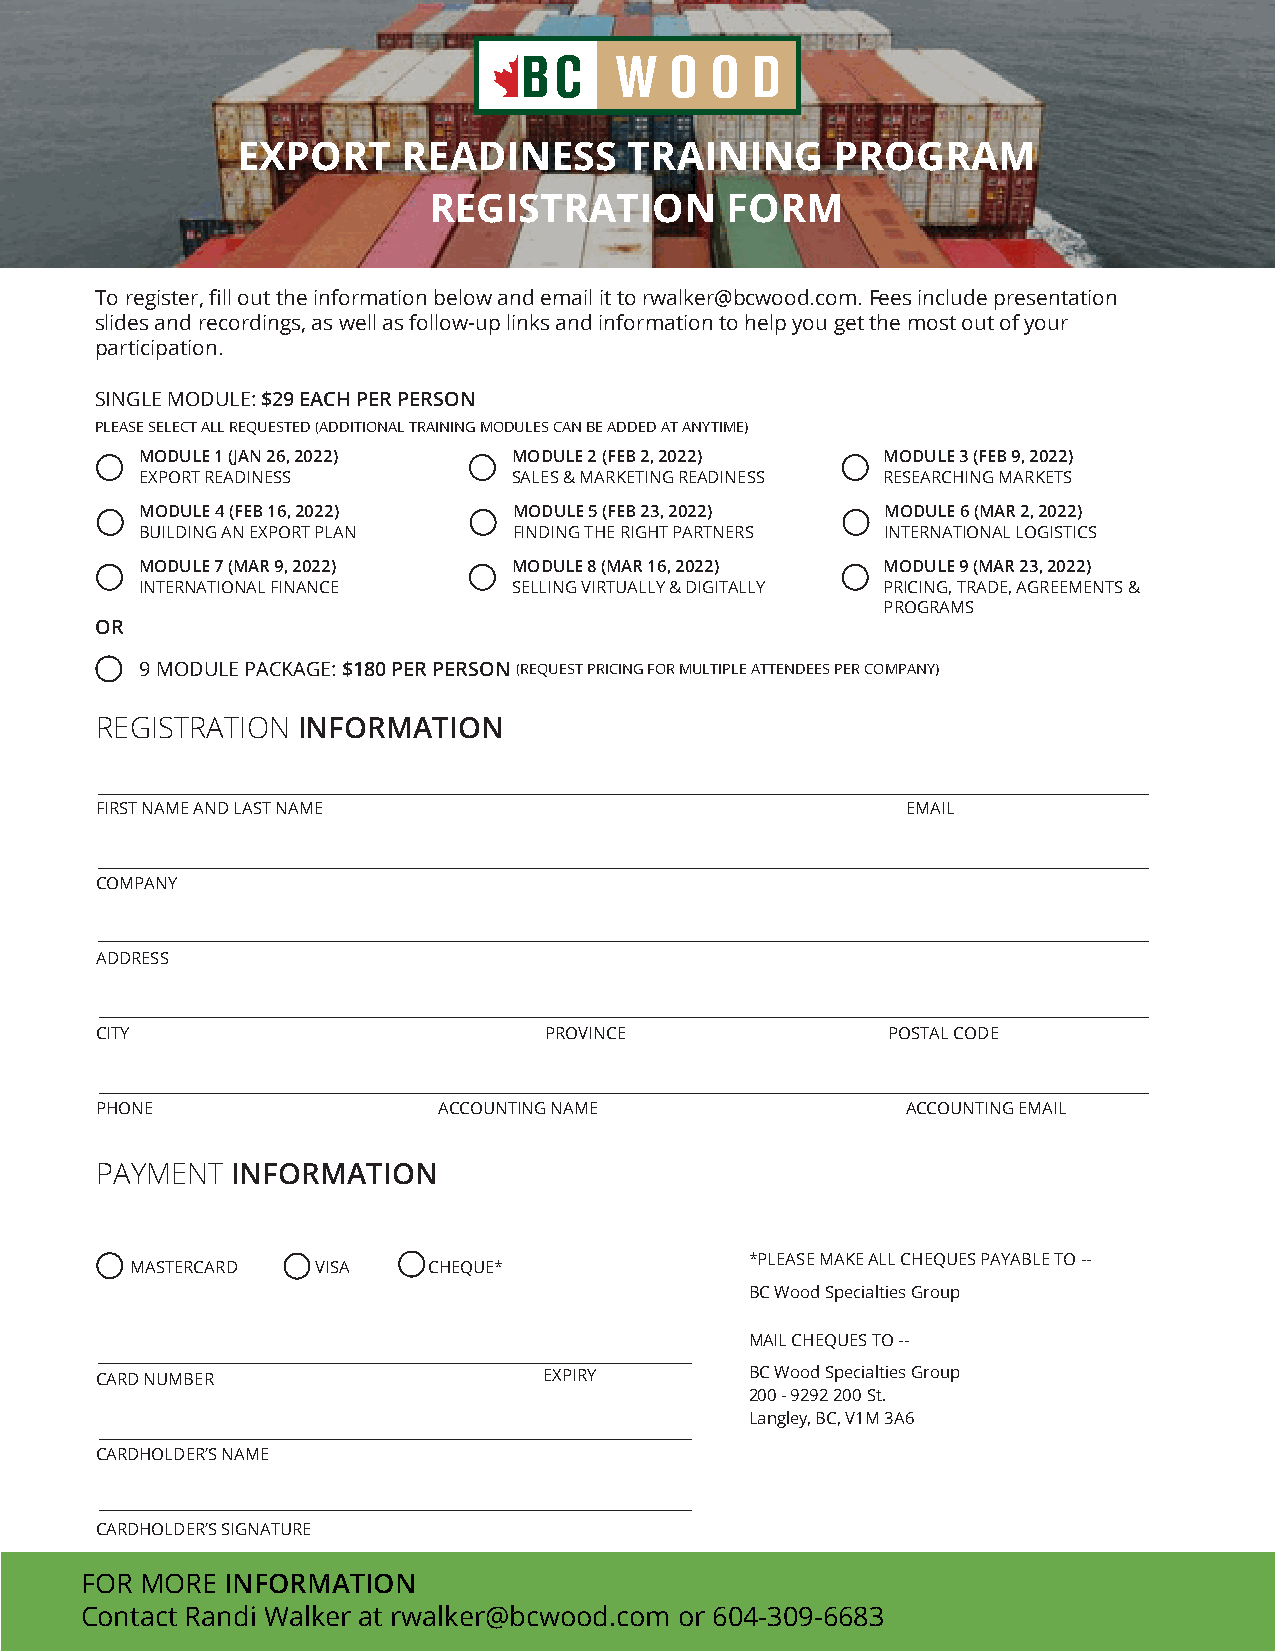
EXPORT     READINESS      TRAINING     PROGRAM
 REGISTRATION        FORM
 To register, fill out the information below and email it to rwalker@bcwood.com. Fees include presentation
 slides and recordings, as well as follow-up links and information to help you get the most out of your
 participation.
 SINGLE MODULE: $29 EACH PER PERSON
 PLEASE SELECT ALL REQUESTED (ADDITIONAL TRAINING MODULES CAN BE ADDED AT ANYTIME)
 MODULE 1 (JAN 26, 2022)  MODULE 2 (FEB 2, 2022)  MODULE 3 (FEB 9, 2022)
 EXPORT READINESS         SALES & MARKETING READINESS RESEARCHING MARKETS
 MODULE 4 (FEB 16, 2022)  MODULE 5 (FEB 23, 2022)  MODULE 6 (MAR 2, 2022)
 BUILDING AN EXPORT PLAN  FINDING THE RIGHT PARTNERS INTERNATIONAL LOGISTICS
 MODULE 7 (MAR 9, 2022)   MODULE 8 (MAR 16, 2022) MODULE 9 (MAR 23, 2022)
 INTERNATIONAL FINANCE    SELLING VIRTUALLY & DIGITALLY PRICING, TRADE, AGREEMENTS &
 PROGRAMS
 OR
 9 MODULE PACKAGE: $180 PER PERSON (REQUEST PRICING FOR MULTIPLE ATTENDEES PER COMPANY)
 REGISTRATION  INFORMATION
 FIRST NAME AND LAST NAME                              EMAIL
 COMPANY
 ADDRESS
 CITY                          PROVINCE               POSTAL CODE
 PHONE                  ACCOUNTING NAME                ACCOUNTING EMAIL
 PAYMENT  INFORMATION
 *PLEASE MAKE ALL CHEQUES PAYABLE TO --
 MASTERCARD  VISA   CHEQUE*
 BC Wood Specialties Group
 MAIL CHEQUES TO --
 CARD NUMBER                   EXPIRY        BC Wood Specialties Group
 200 - 9292 200 St.
 Langley, BC, V1M 3A6
 CARDHOLDER’S NAME
 CARDHOLDER’S SIGNATURE
 FOR MORE  INFORMATION
 Contact Randi Walker at rwalker@bcwood.com or 604-309-6683